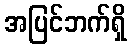
အပြင်ဘက်ရှိ